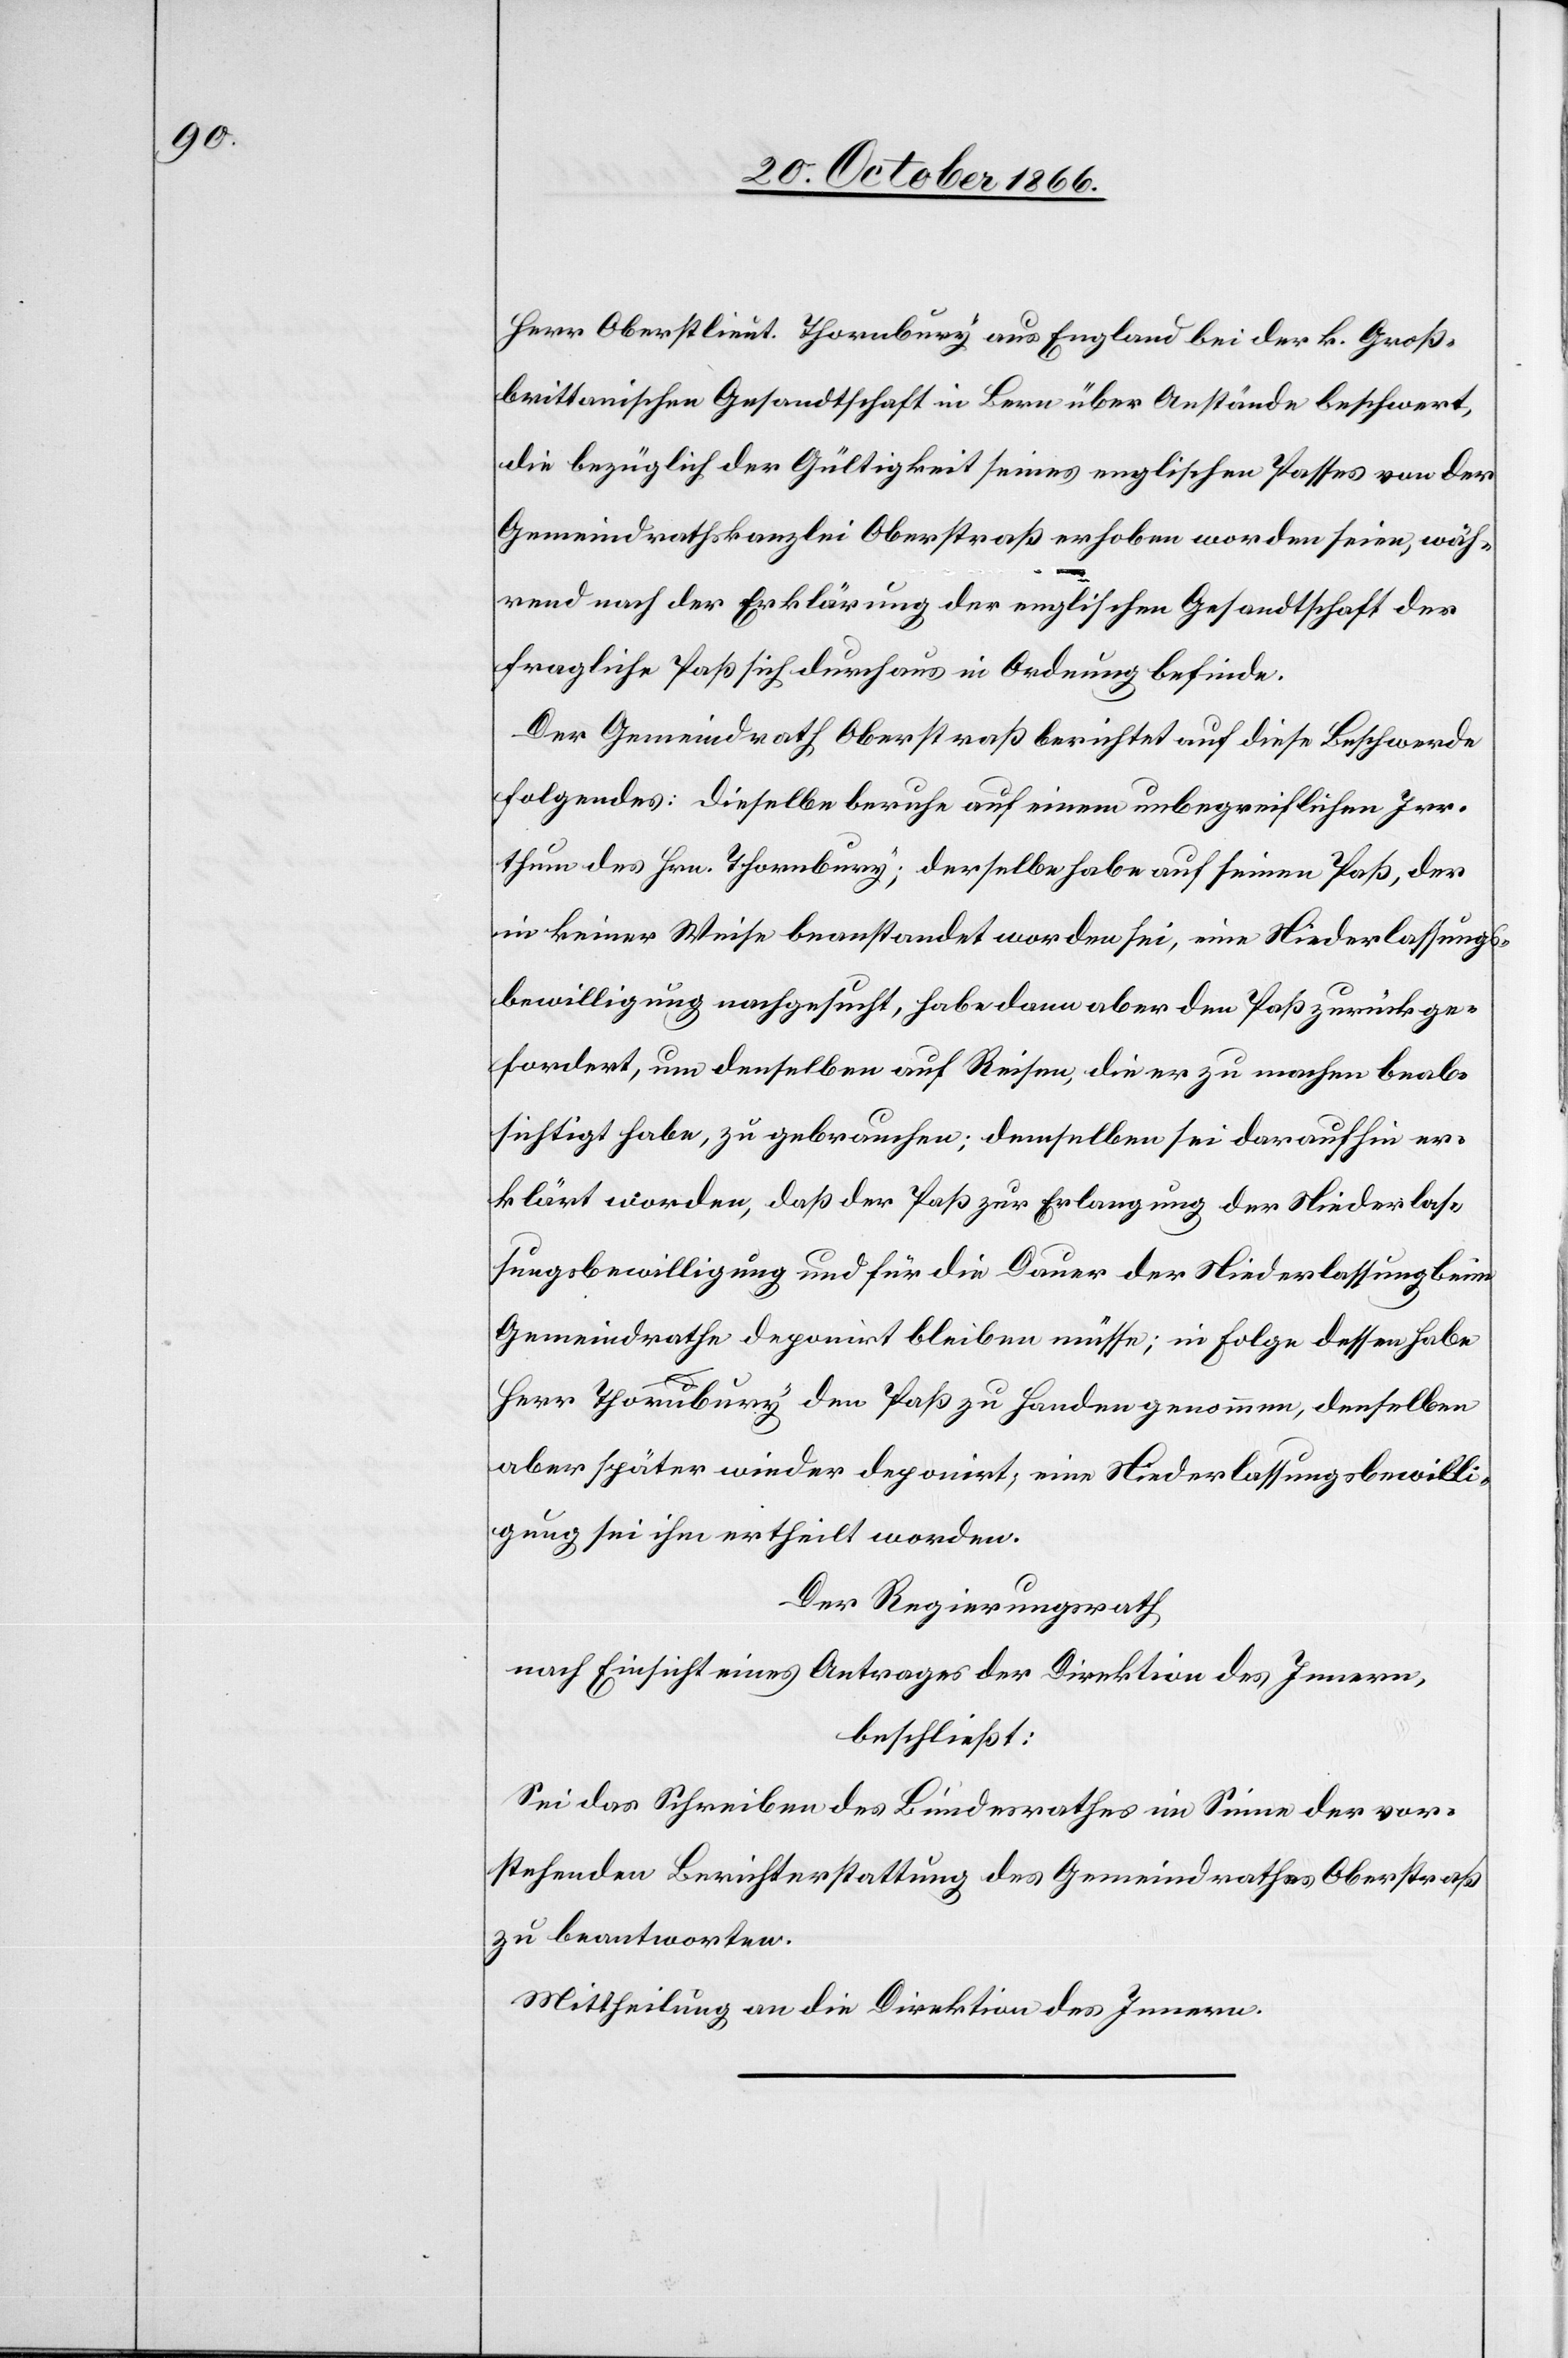
Herr Oberstlieut. Thornbury aus England bei der k. Groß¬
brittanischen Gesandtschaft in Bern über Anstände beschwert,
die bezüglich der Gültigkeit seines englischen Passes von der
Gemeindrathskanzlei Oberstraß erhoben worden seien, wäh¬
rend nach der Erklärung der englischen Gesandtschaft der
fragliche Paß sich durchaus in Ordnung befinde.
Der Gemeindrath Oberstraß berichtet auf diese Beschwerde
folgendes: dieselbe beruhe auf einem unbegreiflichen Irr¬
thum des Hrn. Thornbury; derselbe habe auf seinen Paß, der
in keiner Weise beanstandet worden sei, eine Niederlassungs¬
bewilligung nachgesucht, habe dann aber den Paß zurückge¬
fordert, um denselben auf Reisen, die er zu machen beab¬
sichtigt habe, zu gebrauchen; demselben sei daraufhin er¬
klärt worden, daß der Paß zur Erlangung der Niederlas¬
sungsbewilligung und für die Dauer der Niederlassung beim
Gemeindrathe deponirt bleiben müsse; in Folge dessen habe
Herr Thornbury den Paß zu Handen genommen, denselben
aber später wieder deponirt; eine Niederlassungsbewilli¬
gung sei ihm ertheilt worden.
Der Regierungsrath
nach Einsicht eines Antrages der Direktion des Innern,
beschließt:
Sei das Schreiben des Bundesrathes im Sinne der vor¬
stehenden Berichterstattung des Gemeindrathes Oberstraß
zu beantworten.
Mittheilung an die Direktion des Innern.